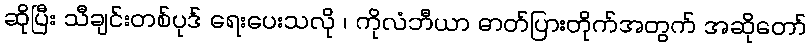
ဆိုပြီး သီချင်းတစ်ပုဒ် ရေးပေးသလို ၊ ကိုလံဘီယာ ဓာတ်ပြားတိုက်အတွက် အဆိုတော်